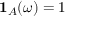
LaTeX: \mathbf { 1 } _ { A } ( \omega ) = 1